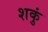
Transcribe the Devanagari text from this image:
शकुं